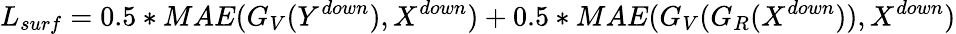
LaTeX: L_{surf}=0.5*MAE(G_{V}(Y^{down}),X^{down})+0.5*MAE(G_{V}(G_{R}(X^{down})),X^{down})